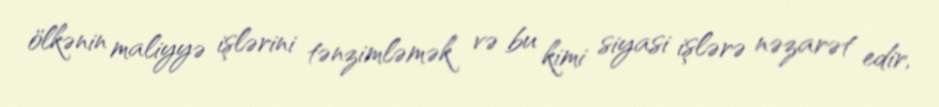
ölkənin maliyyə işlərini tənzimləmək və bu kimi siyasi işlərə nəzarət edir,